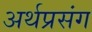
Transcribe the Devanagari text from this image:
अर्थप्रसंग